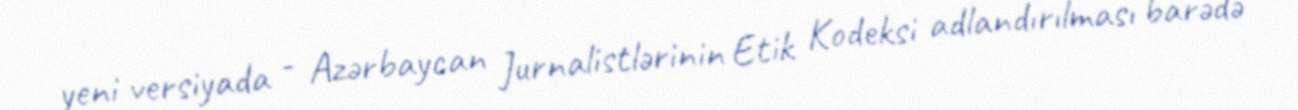
yeni versiyada - Azərbaycan Jurnalistlərinin Etik Kodeksi adlandırılması barədə